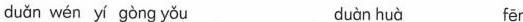
duǎn wén yí gòng yu duàn huà fēn